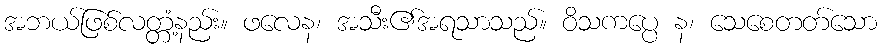
အဘယ်ဖြစ်လတ္တံ့နည်း။ ဖလေန၊ အသီး၏အရသာသည်။ ဝိသကပ္ပေ န၊ သေစေတတ်သော